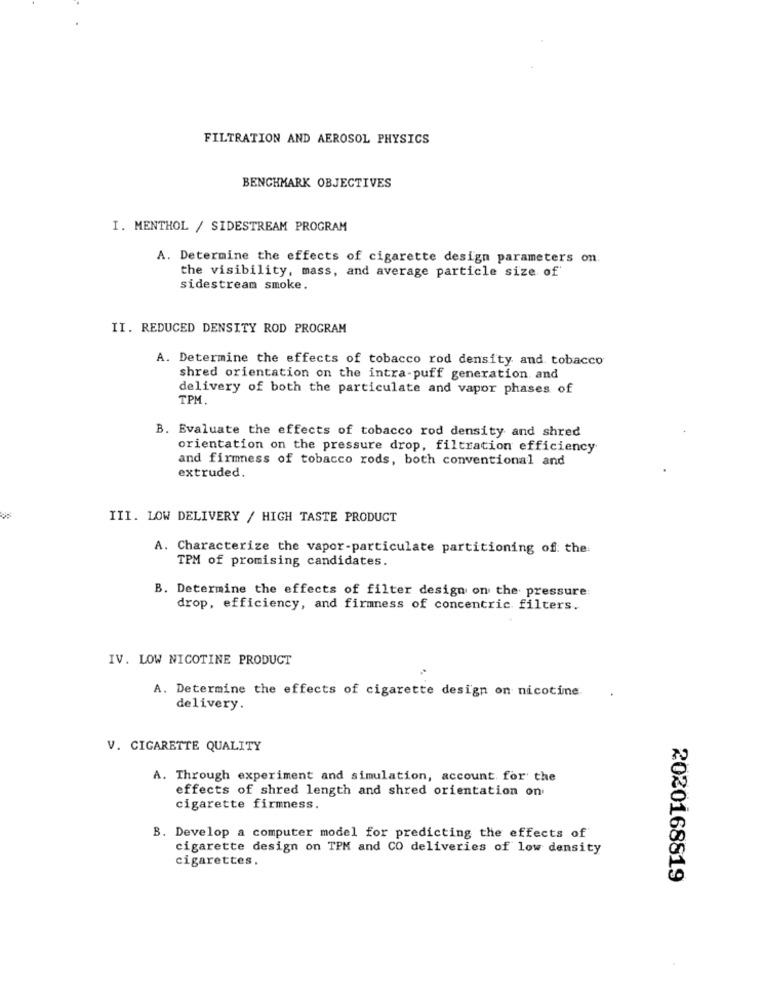
FILTRATION AND AEROSOL PHYSICS
BENCHMARK OBJECTIVES
I. MENTHOL / SIDESTREAM PROGRAM
A. Determine the effects of cigarette design parameters on
the visibility, mass, and average particle size of
sidestream smoke.
II. REDUCED DENSITY ROD PROGRAM
A. Determine the effects of tobacco rod density and tobacco
shred orientation on the intra-puff generation and
delivery of both the particulate and vapor phases of
TPM.
B. Evaluate the effects of tobacco rod density and shred
orientation on the pressure drop, filtration efficiency
and firmness of tobacco rods, both conventional and
extruded.
III. LOW DELIVERY / HIGH TASTE PRODUCT
A. Characterize the vapor-particulate partitioning of the
TPM of promising candidates.
B. Determine the effects of filter design on the pressure
drop, efficiency, and firmness of concentric filters.
IV. LOW NICOTINE PRODUCT
. Determine the effects of cigarette design on nicotine.
.
delivery.
V. CIGARETTE QUALITY
A. Through experiment and simulation, account for the
effects of shred length and shred orientation on
cigarette firmness.
B. Develop a computer model for predicting the effects of
cigarette design on TPM and CO deliveries of low density
cigarettes.
2020168819